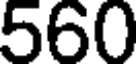
560